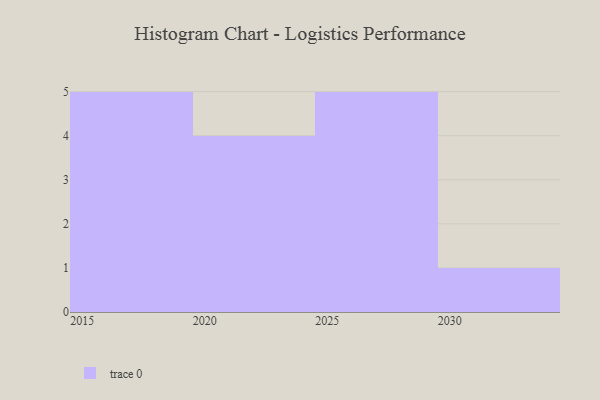
{"axis": {"x": "Year", "y": "Production Output"}, "legend": [""], "data": [{"x": "2028", "y": 47, "type": ""}, {"x": "2025", "y": 78, "type": ""}, {"x": "2016", "y": 86, "type": ""}, {"x": "2020", "y": 61, "type": ""}, {"x": "2030", "y": 96, "type": ""}, {"x": "2021", "y": 68, "type": ""}, {"x": "2017", "y": 36, "type": ""}, {"x": "2019", "y": 96, "type": ""}, {"x": "2027", "y": 45, "type": ""}, {"x": "2024", "y": 23, "type": ""}, {"x": "2023", "y": 81, "type": ""}, {"x": "2026", "y": 14, "type": ""}, {"x": "2015", "y": 32, "type": ""}, {"x": "2029", "y": 46, "type": ""}, {"x": "2018", "y": 8, "type": ""}]}